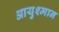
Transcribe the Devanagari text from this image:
आयुश्मान